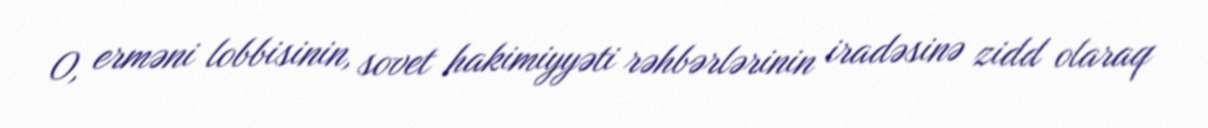
O, erməni lobbisinin, sovet hakimiyyəti rəhbərlərinin iradəsinə zidd olaraq